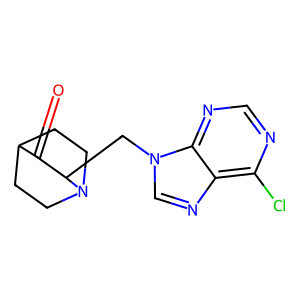
SMILES: O=C1C2CCN(CC2)C1Cn1cnc2c(Cl)ncnc21
Inhibits HIV replication: No